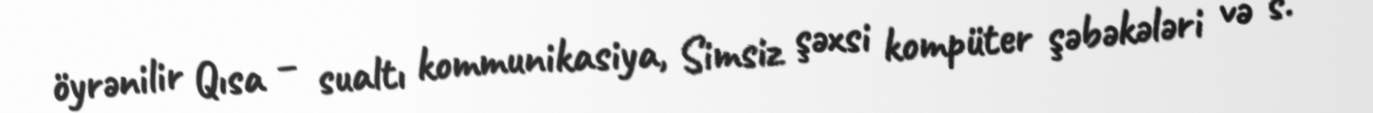
öyrənilir Qısa – sualtı kommunikasiya, Simsiz şəxsi kompüter şəbəkələri və s.